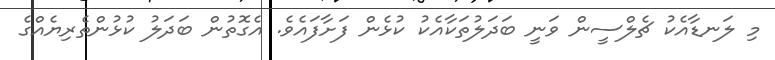
މި ލަނޑާއެކު ޗެލްސީން ވަނީ ބަދަލުތަކާއެކު ކުޅެން ފަށާފައެވެ. އެގޮތުން ބަދަލު ކުޅުންތެރިޔެއްގެ